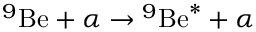
{ ^ { 9 } \mathrm { { B e } } } + \alpha \to { ^ { 9 } \mathrm { { B e } ^ { * } } } + \alpha